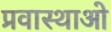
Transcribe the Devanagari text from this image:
प्रवास्थाओ